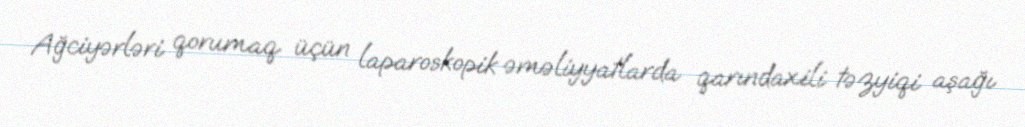
Ağciyərləri qorumaq üçün laparoskopik əməliyyatlarda qarındaxili təzyiqi aşağı